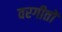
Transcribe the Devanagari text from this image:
वरगीतों